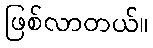
ဖြစ်လာတယ်။